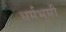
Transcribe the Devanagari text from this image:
धर्मभूमी